Document type: Emphyteutic lease
Year: 1274
Scribe: Pere Marquès
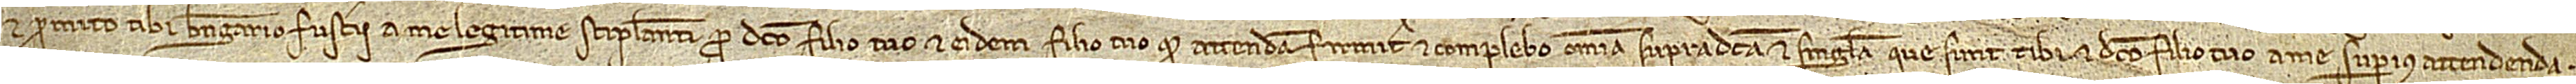
et promitto tibi Berengario Fusterii, a me legitime stipulanti pro dicto filio tuo, et eidem filio tuo quod attendam firmiter et complebo omnia supradicta et singula que sunt tibi et dicto filio tuo a me superius attendenda,